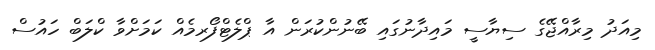
މިއަދު މިރާއްޖޭގެ ސިޔާސީ މައިދާނުގައި ބޭނުންކުރަން އާ ޕްލެޓްފޯރމެއް ކަމަށްވާ ކްލަބް ހައުސް